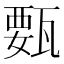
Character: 𰢥